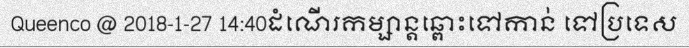
Queenco @ 2018-1-27 14:40ដំណើរកម្សាន្តឆ្ពោះទៅកាន់ ទៅប្រទេស